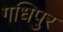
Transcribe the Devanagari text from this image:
गधिपुर